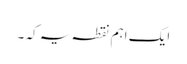
ایک اہم نقطہ یہ کہ ۔